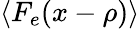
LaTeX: \left\langle F_{e}(x-\rho)\right\rangle